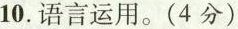
10.语言运用。(4分)